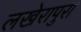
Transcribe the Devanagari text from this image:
लखेरापुरा